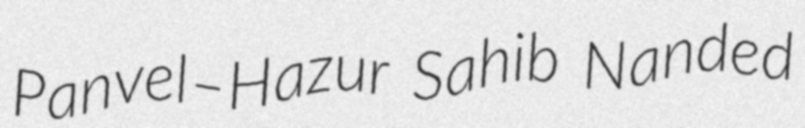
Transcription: Panvel–Hazur Sahib Nanded